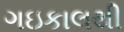
ગઇકાલથી